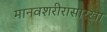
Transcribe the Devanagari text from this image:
मानवशरीरासारखा